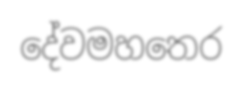
දේවමහතෙර